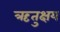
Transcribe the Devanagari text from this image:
ऋतुक्षय